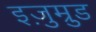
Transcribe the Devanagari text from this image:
इज़ुम्रुड